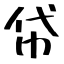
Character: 帒